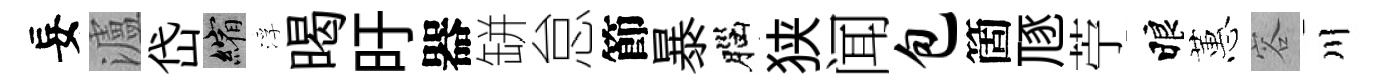
妄瀘岱縮浮暍旴器缾怠節暴腦狭闻包箇豗苧睱蕙容川